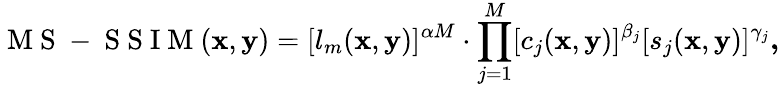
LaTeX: \mathrm{~M~S~-~S~S~I~M~}(\textbf{x},\textbf{y})=[l_{m}(\textbf{x},\textbf{y})]^{\alpha M}\cdot\prod_{j=1}^{M}[c_{j}(\textbf{x},\textbf{y})]^{\beta_{j}}[s_{j}(\textbf{x},\textbf{y})]^{\gamma_{j}}\textbf{,}